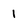
Character: 1